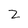
Character: z